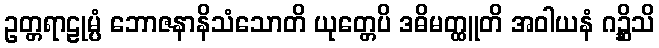
ဥတ္တရာဠုမ္ပံ ဘောဇနာနိသံသောတိ ယုတ္တေပိ ဒဓိမတ္ထူတိ အဝါယနံ ဂဉ္ဆိသိ